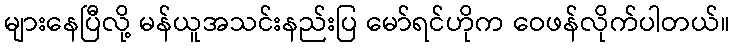
များနေပြီလို့ မန်ယူအသင်းနည်းပြ မော်ရင်ဟိုက ဝေဖန်လိုက်ပါတယ်။